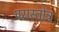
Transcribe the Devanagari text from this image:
परास्तोत्र